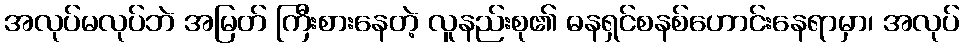
အလုပ်မလုပ်ဘဲ အမြတ် ကြီးစားနေတဲ့ လူနည်းစု၏ ဓနရှင်စနစ်ဟောင်းနေရာမှာ၊ အလုပ်